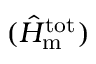
( \hat { H } _ { \mathrm { m } } ^ { \mathrm { t o t } } )